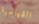
القياسية